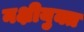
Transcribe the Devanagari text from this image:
नक्षीयुक्त